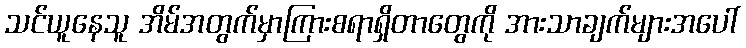
သင်ယူနေသူ အိမ်အတွက်မှာကြားစရာရှိတာတွေကို အားသာချက်များအပေါ်